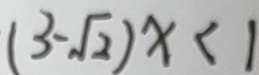
( 3 - \sqrt { 2 } ) x < 1